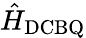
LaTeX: \hat{H}_{\mathrm{DCBQ}}